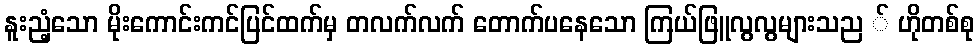
နူးညံ့သော မိုးကောင်းကင်ပြင်ထက်မှ တလက်လက် တောက်ပနေသော ကြယ်ဖြူလွလွများသည ် ဟိုတစ်စု